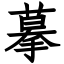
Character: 摹